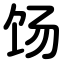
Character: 饧